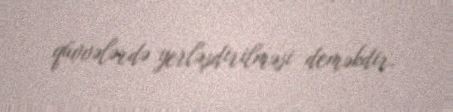
qüvvələrdə yerləşdirilməsi deməkdir.